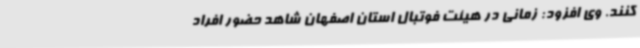
کنند. وی افزود: زمانی در هیئت فوتبال استان اصفهان شاهد حضور افراد